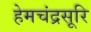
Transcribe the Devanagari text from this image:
हेमचंद्रसूरि